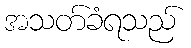
အသတ်ခံရသည်